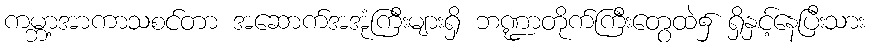
ကမ္ဘာ့အာကာသစင်တာ အဆောက်အအုံကြီးများရှိ ဘဏ္ဍာတိုက်ကြီးတွေထဲ၌ ရှိနှင့်နေပြီးသား